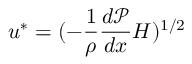
u ^ { * } = ( - \frac { 1 } { \rho } \frac { d \mathcal { P } } { d x } H ) ^ { 1 / 2 }